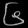
Digit: ၆